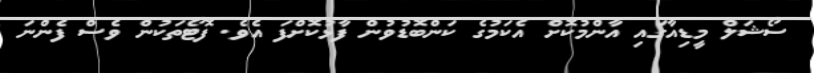
ސޯޝަލް މީޑިއާގައި އާންމުކޮށް އެކަމުގެ ކަންބޮޑުވުން ފާޅުކޮށްފަ އެވެ. ފޮޓޯތަކުން ވެސް ފެންނަ